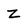
Character: Z